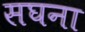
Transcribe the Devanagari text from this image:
सघना